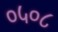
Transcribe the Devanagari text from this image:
०५०८